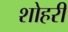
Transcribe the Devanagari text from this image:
शोहरी